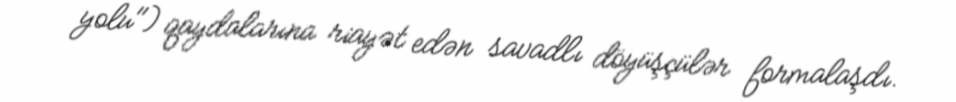
yolu") qaydalarına riayət edən savadlı döyüşçülər formalaşdı.